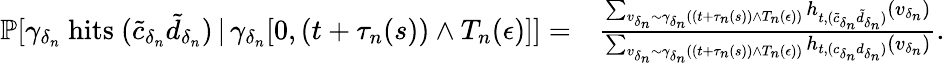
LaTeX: \begin{array}{rl}{\mathbb{P}[\gamma_{\delta_{n}}\mathrm{~hits~}(\tilde{c}_{\delta_{n}}\tilde{d}_{\delta_{n}})\, |\, \gamma_{\delta_{n}}[0,(t+\tau_{n}(s))\wedge T_{n}(\epsilon)]]=}&{\frac{\sum_{v_{\delta_{n}}\sim\gamma_{\delta_{n}}((t+\tau_{n}(s))\wedge T_{n}(\epsilon))}h_{t,(\tilde{c}_{\delta_{n}}\tilde{d}_{\delta_{n}})}(v_{\delta_{n}})}{\sum_{v_{\delta_{n}}\sim\gamma_{\delta_{n}}((t+\tau_{n}(s))\wedge T_{n}(\epsilon))}h_{t,(c_{\delta_{n}}d_{\delta_{n}})}(v_{\delta_{n}})}.}\end{array}